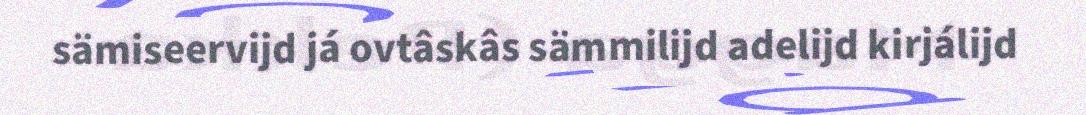
sämiseervijd já ovtâskâs sämmilijd adelijd kirjálijd